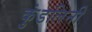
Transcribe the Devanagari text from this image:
कुंडलिनी